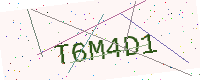
Text: T6M4D1